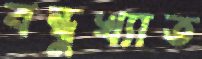
বন্ধুখ্যাত